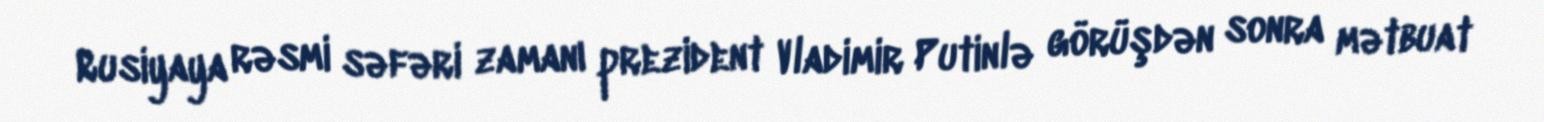
Rusiyaya rəsmi səfəri zamanı prezident Vladimir Putinlə görüşdən sonra mətbuat